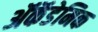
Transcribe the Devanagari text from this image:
ॲकॅडेमिक